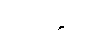
ဝတ္တေသိ